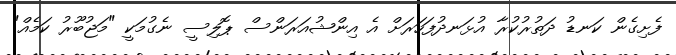
ފެށިގެން ކަނޑު ދަތުރުކުރާ އުޅަނދުފަހަރަށް އެ އިންޝުއަރަންސް ޕޮލިސީ ނެގުމަކީ "މަޖުބޫރު ކަމެއް"